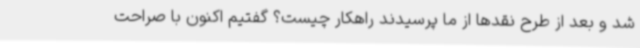
شد و بعد از طرح نقدها از ما پرسیدند راهکار چیست؟ گفتیم اکنون با صراحت